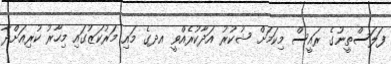
ފަލަސްތީނުގެ ރައީސް މިކަމަށް ޝުކުރު އަދާކުރެއްވީ އދގެ މައި މަރުކަޒުގައި މިހާރު ކުރިއަށްދާ